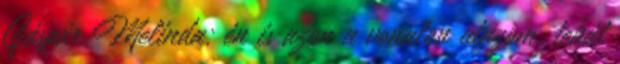
Gáspár Melinda: én is azon a vonalon utazom, tehát